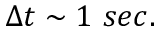
\Delta t \sim 1 \ s e c .